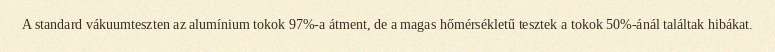
A standard vákuumteszten az alumínium tokok 97%-a átment, de a magas hőmérsékletű tesztek a tokok 50%-ánál találtak hibákat.